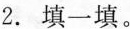
2. 填一填。